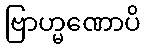
ဗြာဟ္မဏောပိ